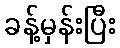
ခန့်မှန်းပြီး